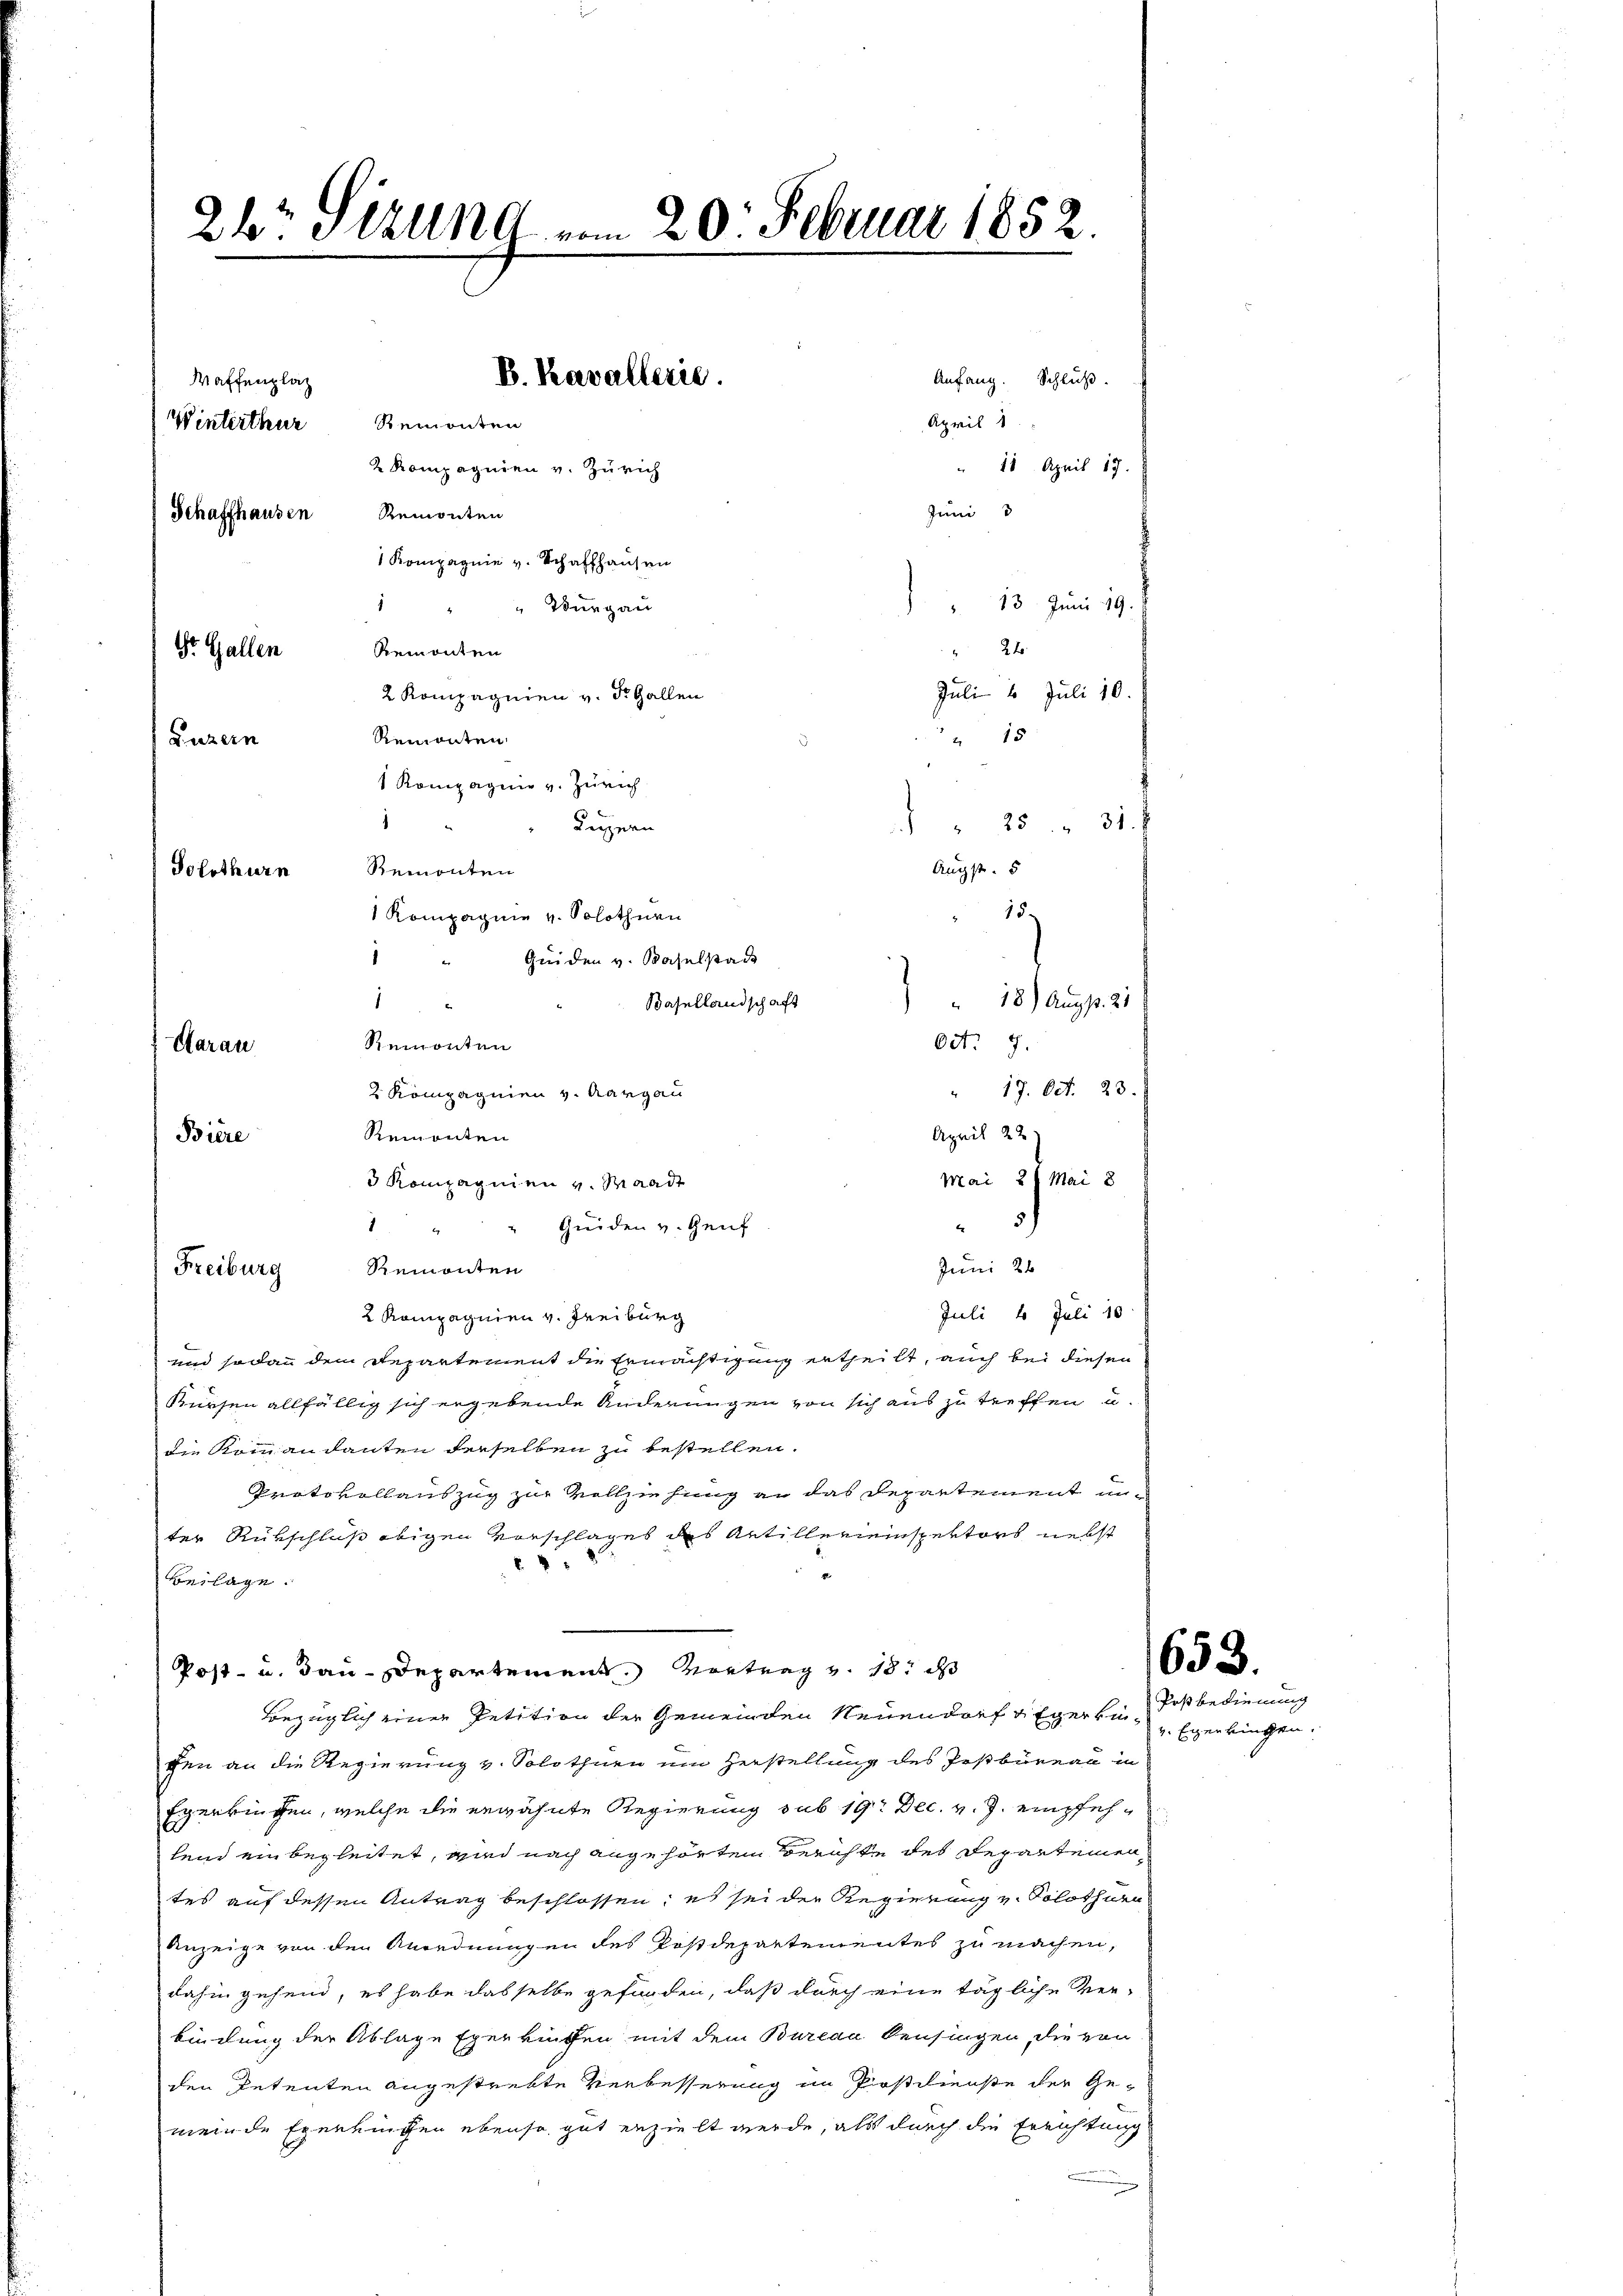
2b. Sitzung vom 20. Februar 1852

Schaffhausen

Waffenplaz
Dr. Gallen
Luzern
Solothurn
Aarau
Biere

B. Kavallerie.
Winterthur Remonten
2 Kompagnien v. Zürich
Remonten

1 Kompagnie v. Schaffhausen
Wurgau
1
Remonten
2 Kompagnien v. St. Gallen
Remonten
1 Kompagnie v. Zürich
Luzern
Remonten
Kompagnie v. Solothurn
Guiden v. Baselstadt
Basellandschaft
Remonten
2 Kompagnien v. Aargau
Remonten
3 Kompagnien v. Waadt
Guiden v. Genf
4
Juni 28
Remonten
Freiburg
Juli 1 Juli 18
2 Rompagnien v. Freiburg
und sodann dem Departement die Ermächtigung ertheilt, auch bei diesen
Kürsen allfällig sich ergebende Änderungen von sich aus zu treffen u.
die Kommandanten derselben zu bestellen.
Protokollauszug zur Vollziehung an das Departement unter Rükschluß obigen Vorschlages des Antillereinspektors nebst
Beilage.

Juni
13. Juni 19.
 24
Juli 1 Juli 10.
15
25 31. f
Augst. 5
15.
18) Augst. 21
04. 7.
" 17. Oct. 23.
April 22
Mai 2 l. Mai 8
3)

Anfang. Schluß.
April 1
" 18. April 17.

Post- u. dan Departement. Vortrag v. 18. ds
Bezüglich einer Petition der Gemeinden Neuendorf & Egerkü¬

gen an die Regierung v. Solothurn um Herstellung des Postbüreau in
Egerkingen, welche die erwähnte Regierung sub 19. Dec. v. J. empfehlein ein begleitet, wird nach angehörten Berichte des Departemen,
tes auf dessen Antrag beschlossen; es sei der Regierung v. Solothurn
Anzeige von den Anordnungen des Postdepartementes zu machen,
dahin gehend, es habe dasselbe geförden, daß durch eine tägliche Ver-
bindung der Ablage Exerküffen mit dem Bureau Pensingen, die von
den Petenten angestrebte Verbesserung im Prostilienste der Ge-
meinde Exerzingen ebenso gut erzielt werde, als durch die Errichtung

653.

Postbedienung
v. Eggerkingen.